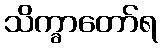
သိက္ခာတော်ရ